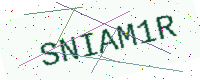
Text: SNIAM1R